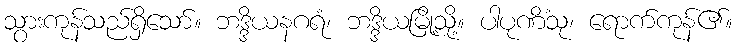
သွားကုန်သည်ရှိသော်။ ဘဒ္ဒိယနဂရံ၊ ဘဒ္ဒိယမြို့သို့။ ပါပုဏိံသု၊ ရောက်ကုန်၏။